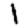
Digit: 1